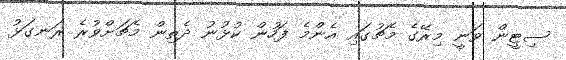
ސިޓީން ވަނީ މިރޭގެ މެޗުގައި އެންމެ ފަހުން ކުޅުނު ދެތިން މެޗަށްވުރެ ރަނގަޅު